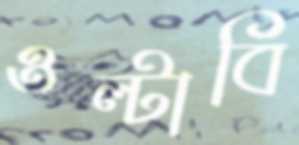
ওল্‌টাবি